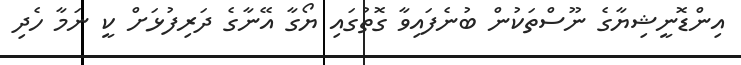
އިންޑޮނީޝިޔާގެ ނޫސްތަކުން ބުނެފައިވާ ގޮތުގައި ޔޯގާ އޭނާގެ ދަރިފުޅަށް ކީ ނަމާ ހެދި